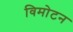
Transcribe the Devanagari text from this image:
विमोटन